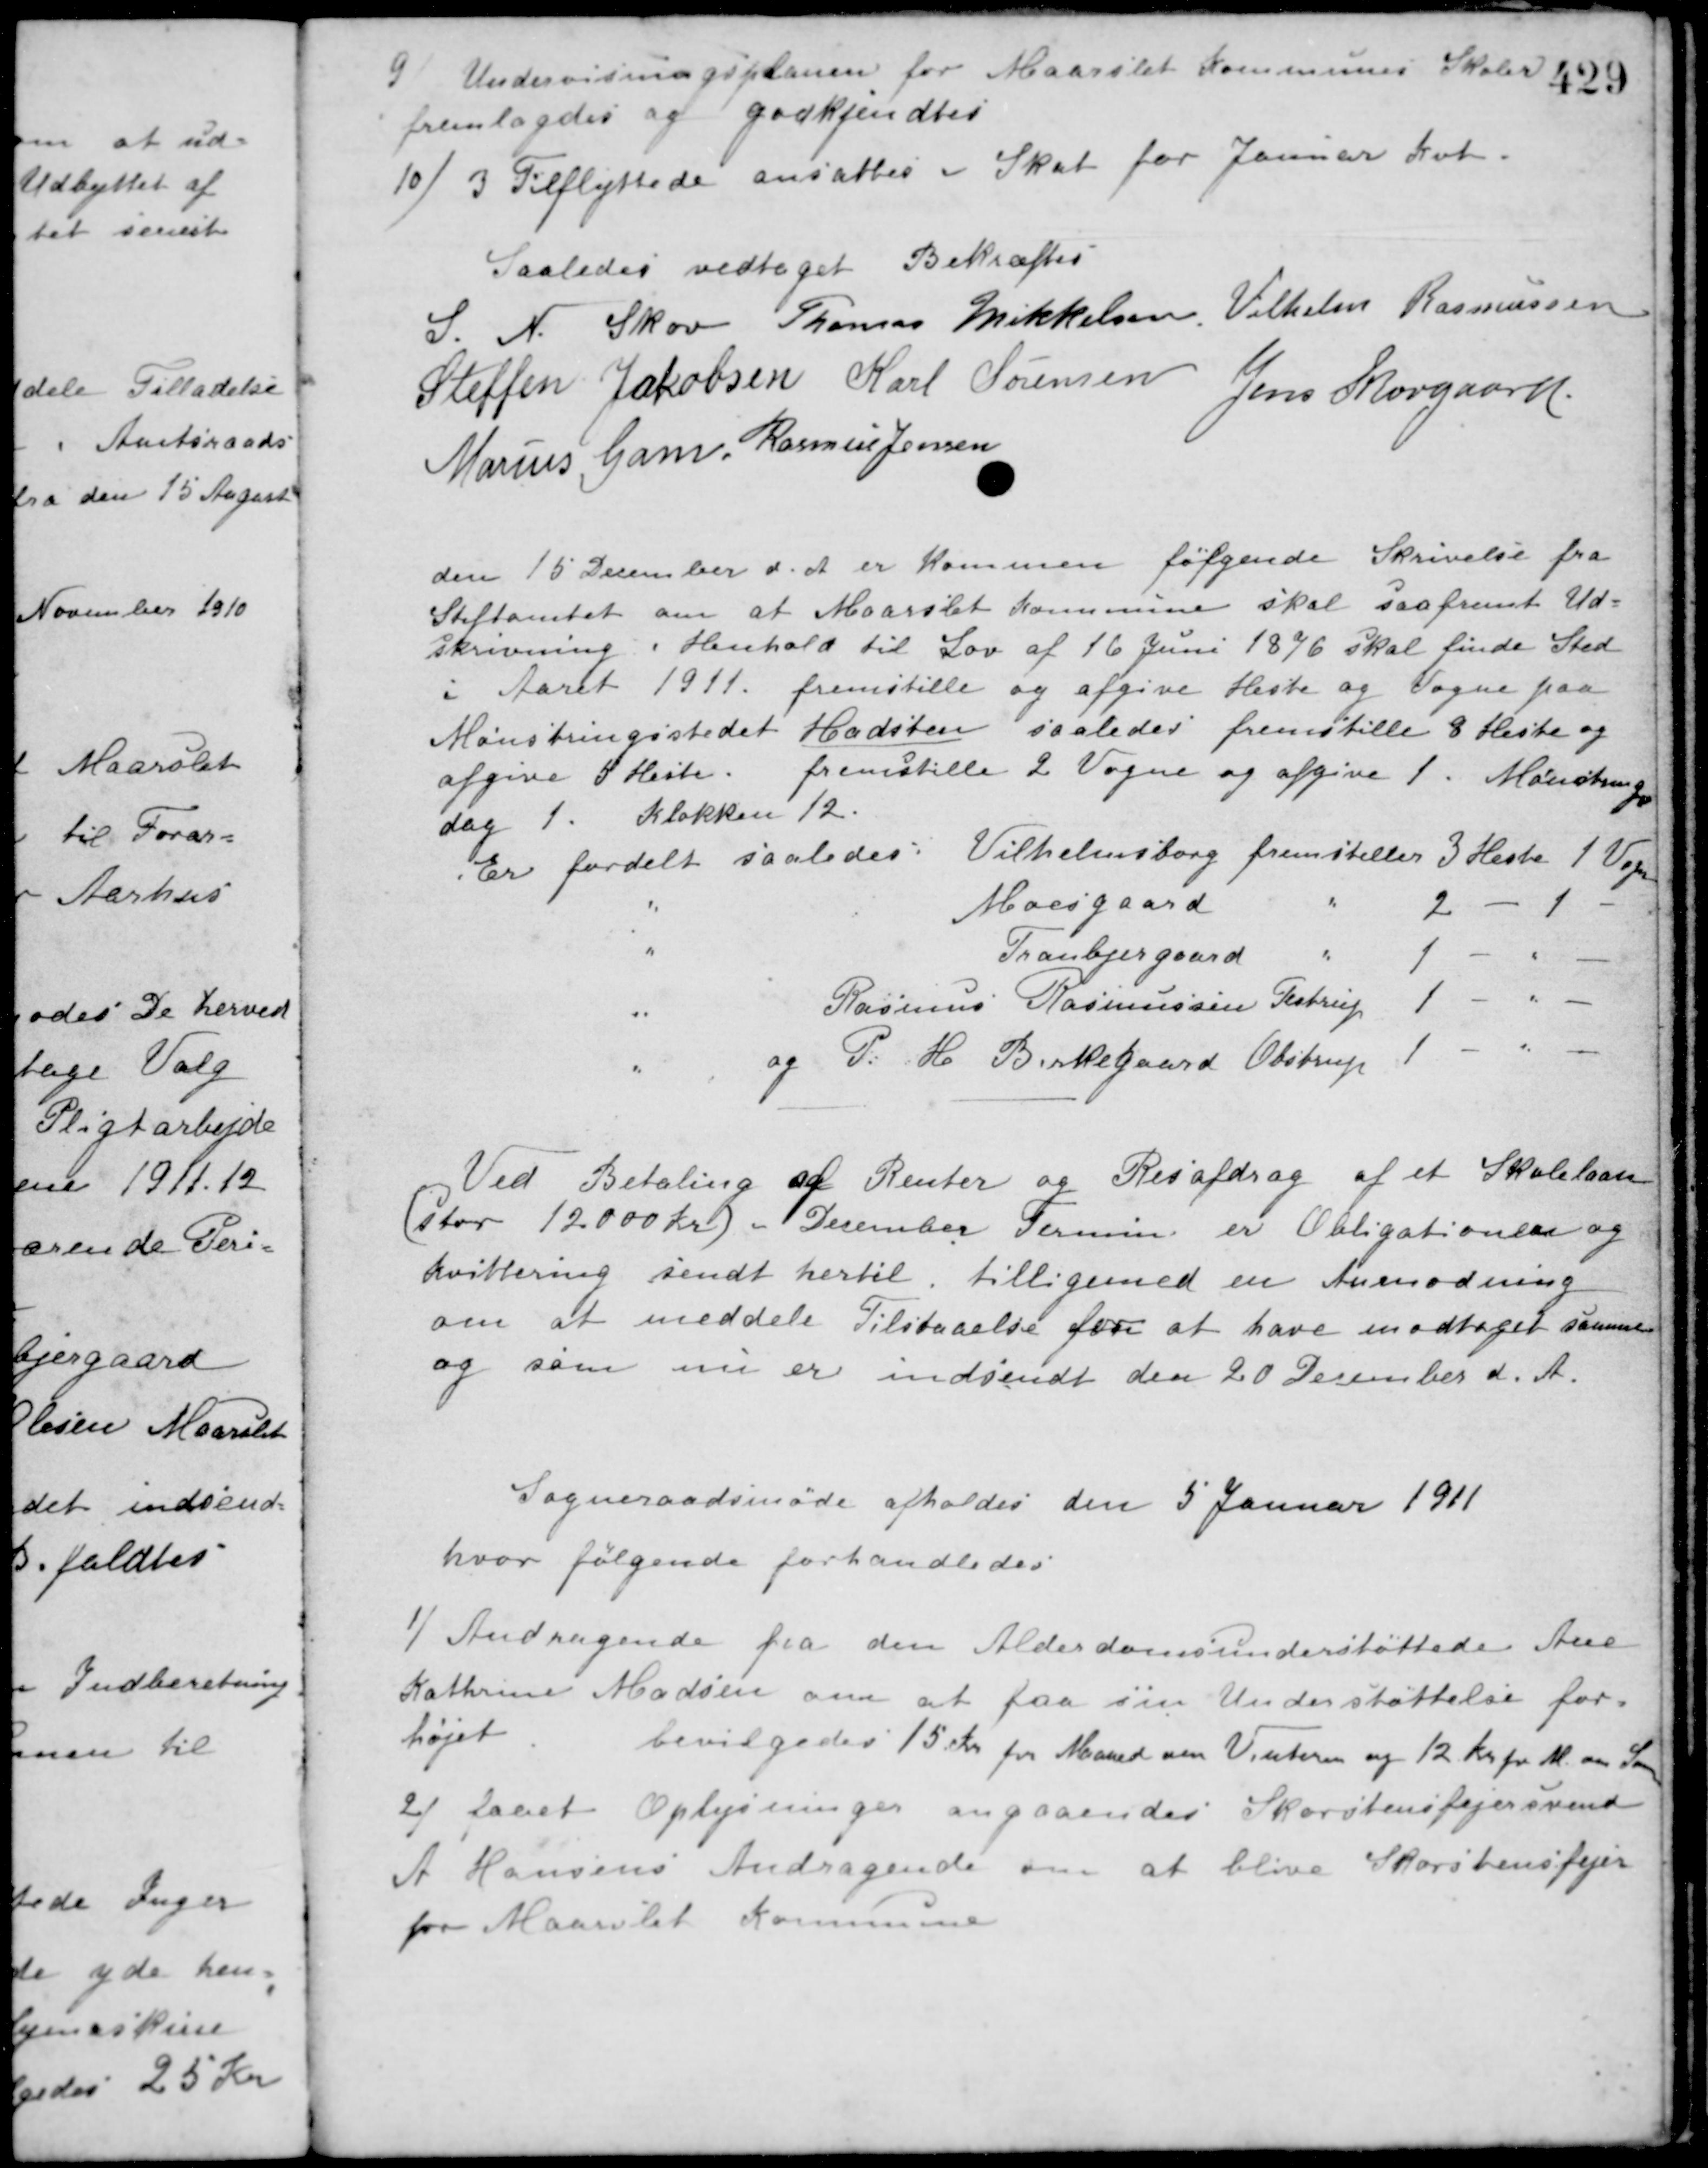
Transskription:
9/ Undervisningsplanen for Maarslet Kommunes Skoler
fremlagdes og godkjendtes.
10/ 3 Tilflyttede ansattes i Skat for Januar Kvt.
Saaledes vedtaget Bekræftes
S. N. Skov Thomas Mikkelsen Vilhelm Rasmussen
Steffen Jakobsen Karl Sørensen Jens Skovgaard
Marius Gam Rasmus Jensen
den 15 December d. A. er kommen følgende Skrivelse fra
Stiftamtet om at Maarslet Kommune skal saafremt Ud-
skrivning i Henhold til Lov af 16 Juni 1876 skal finde Sted
i Aaret 1911 fremstille og afgive Heste og Vogne paa
Mønstringsstedet Hadsten saaledes fremstille 8 Heste og
afgive 5 Heste.
fremstille 2 Vogne og afgive 1. Mønstrings
dag 1. Klokken 12.
Er fordelt saaledes: Vilhelmsborg fremstiller 3 Heste 1 Vogn
Moesgaard " 2 - 1 -
Tranbjergaard " 1 - - -
Rasmus Rasmussen Testrup
1 - - -
og P. H. Birkegaard Obstrup
1 - - -
Ved Betaling af Renter og Resafdrag af et Skolelaan
(stor 12000 Kr.) i December Termin er Obligationen og
kvittering sendt hertil, tilligemed en Anmodning
om at meddele Tilstaaelse for at have modtaget samme
og som nu er indsendt den 20 December d. A.
Sogneraadsmøde afholdes den 5 Januar 1911
hvor følgende forhandledes
1/ Andragende fra den Alderdomsunderstøttede Ane
Kathrine Madsen om at faa sin Understøttelse for-
højet
bevilgedes 15 Kr. pr. Maaned om Vinteren og 12 Kr. pr. M. om Sommeren.
2/ faaet Oplysninger angaaendes Skorstensfejersvend
A Hansens Andragende om at blive Skorstensfejer
for Maarslet Kommune.